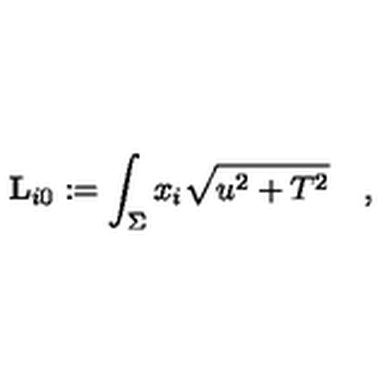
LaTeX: { \bf L } _ { i 0 } : = \int _ { \Sigma } x _ { i } \sqrt { u ^ { 2 } + T ^ { 2 } } \quad ,